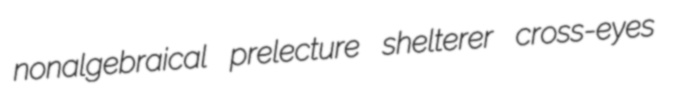
nonalgebraical prelecture shelterer cross-eyes